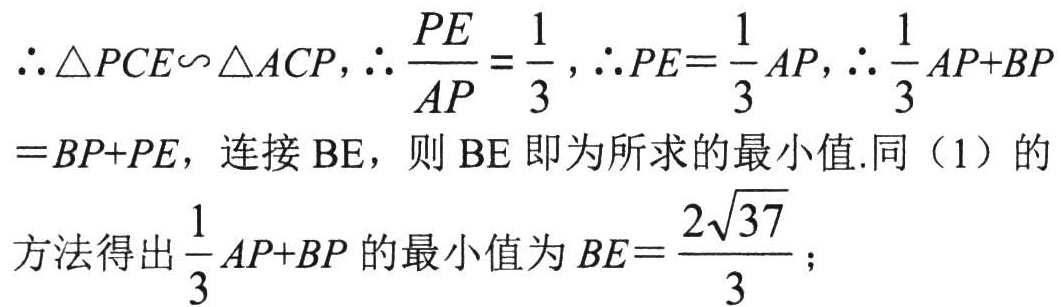
\(\therefore \triangle PCE\backsim \triangle ACP,\therefore \frac{PE}{AP}=\frac{1}{3},\therefore PE = \frac{1}{3}AP,\therefore \frac{1}{3}AP + BP=BP + PE\)，连接 \(BE\)，则 \(BE\) 即为所求的最小值.同（1）的方法得出 \(\frac{1}{3}AP + BP\) 的最小值为 \(BE=\frac{2\sqrt{37}}{3}\)；